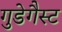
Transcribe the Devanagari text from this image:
गुडेगैस्ट